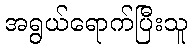
အရွယ်ရောက်ပြီးသူ